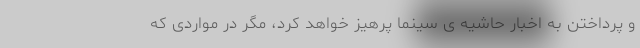
و پرداختن به اخبار حاشیه ی سینما پرهیز خواهد کرد، مگر در مواردی که